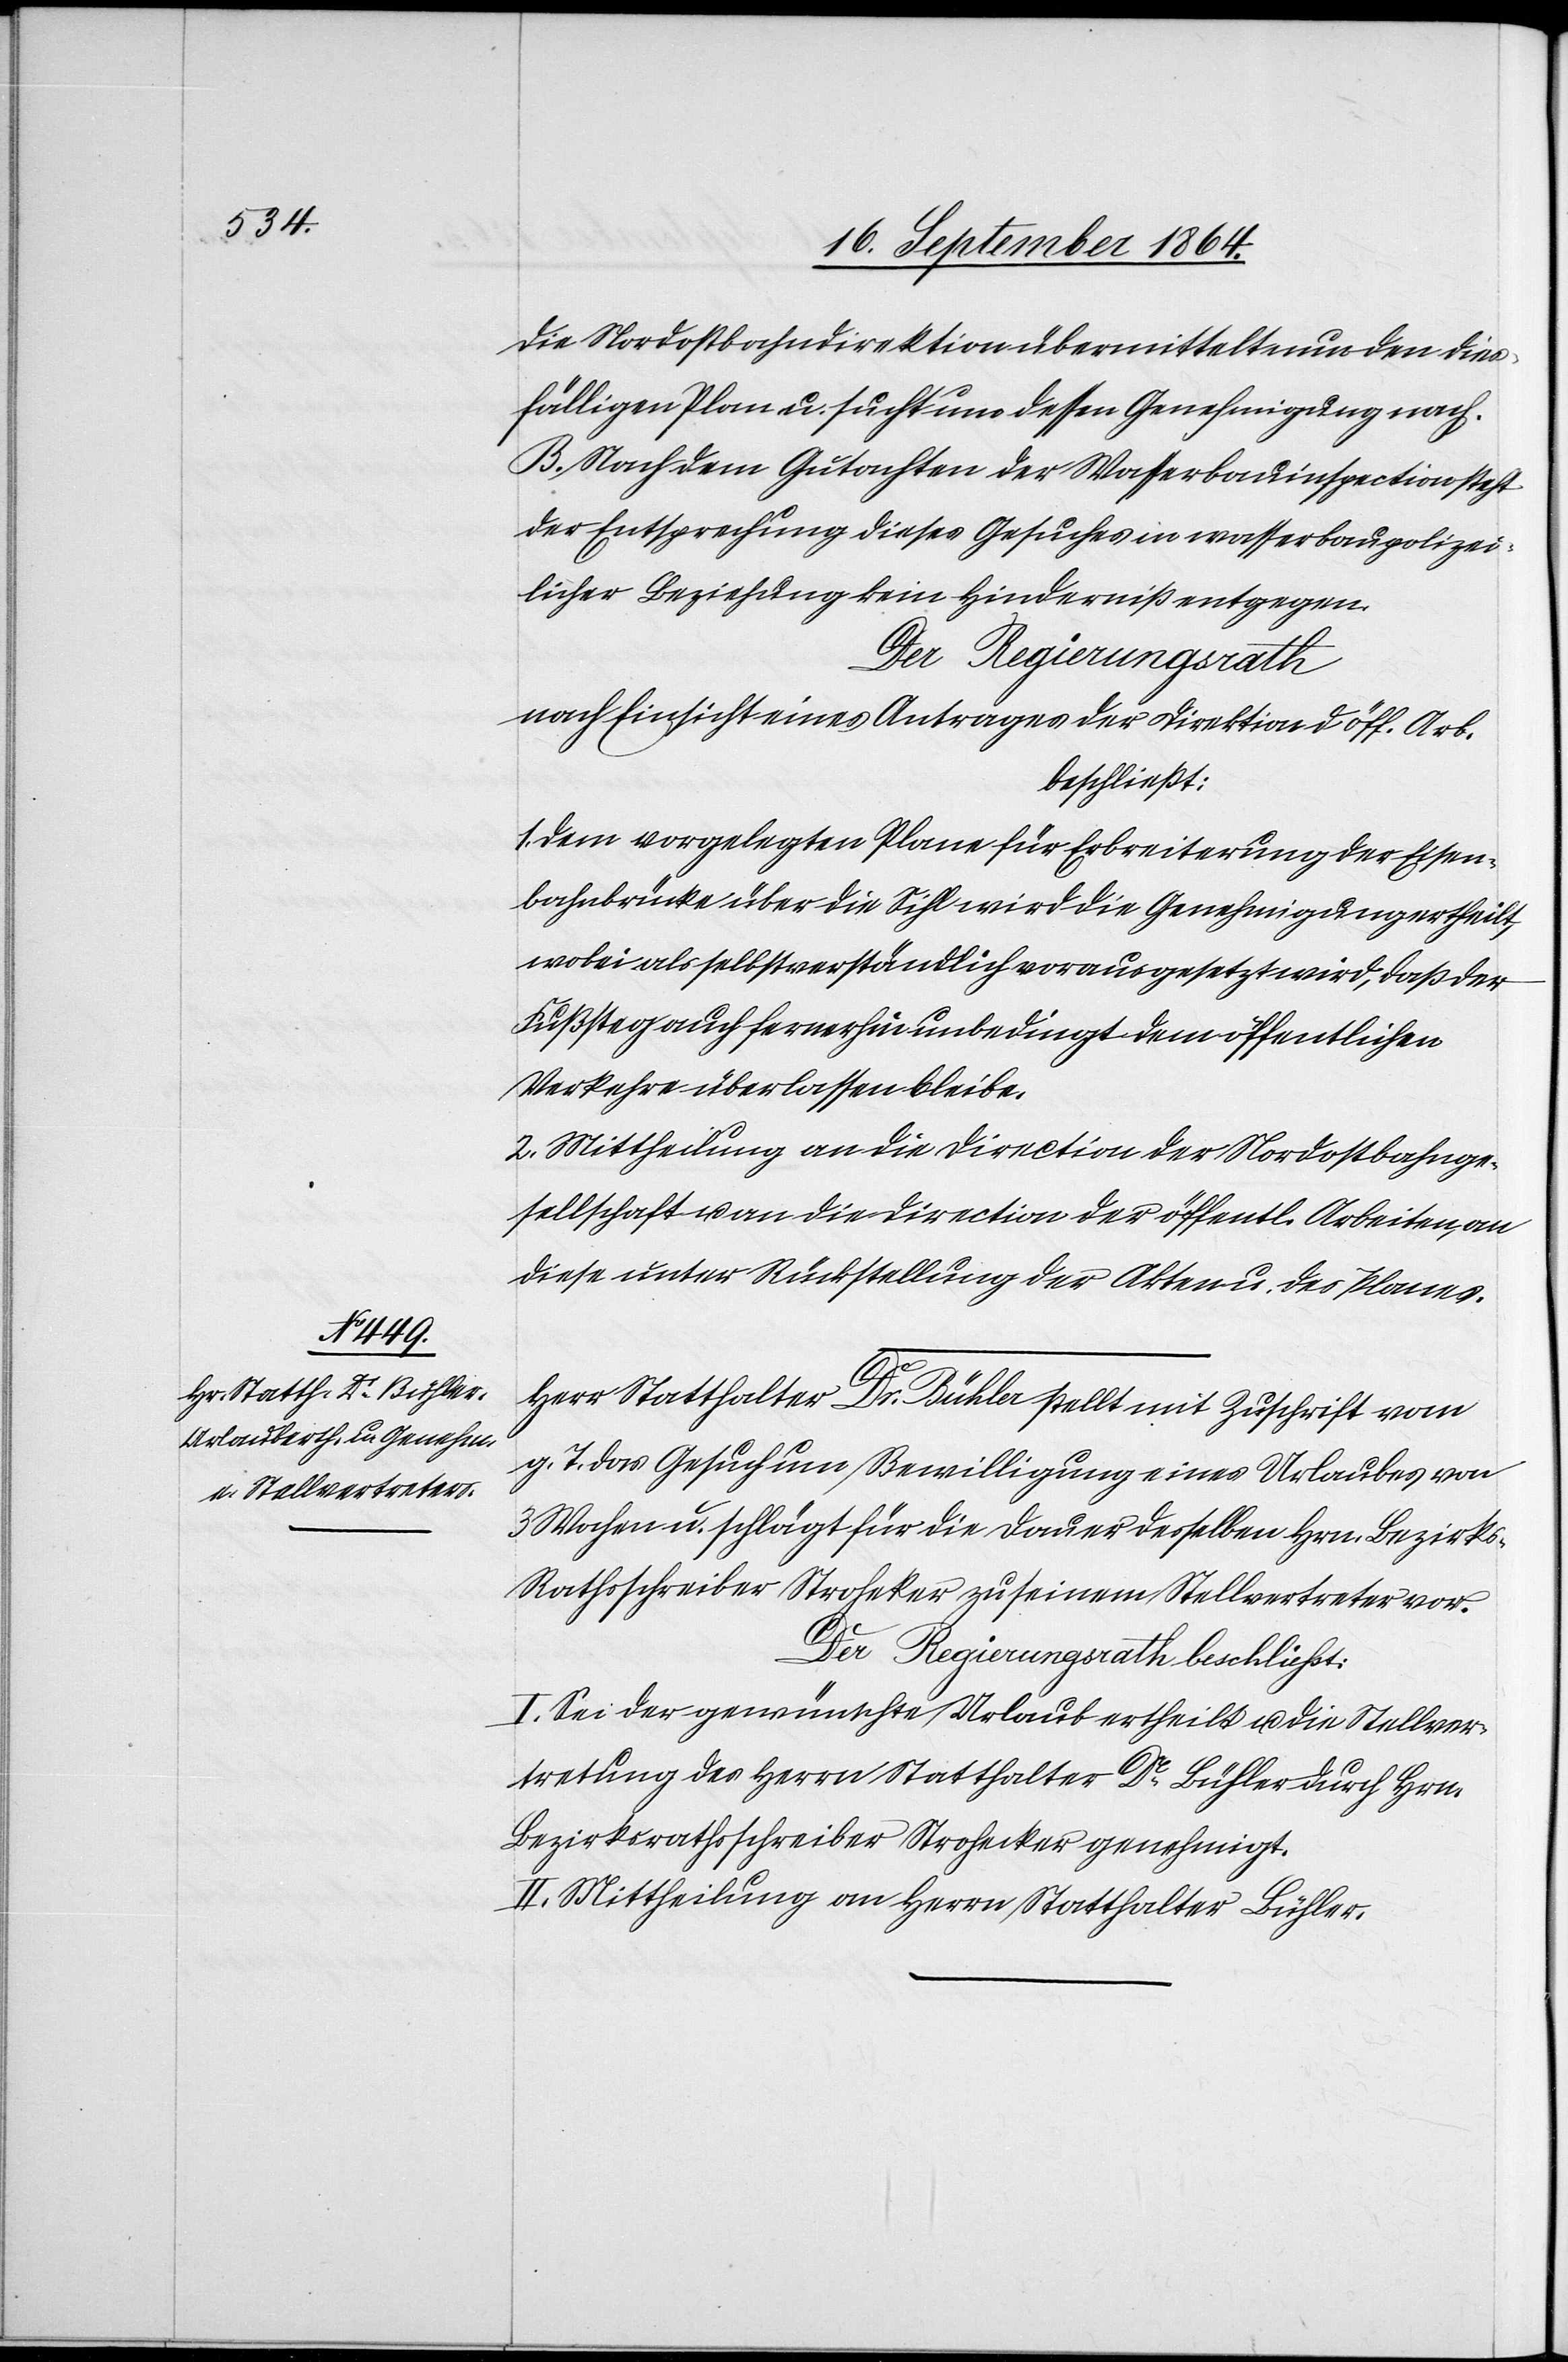
Eisen¬

Die Nordostbahndirektion übermittelt nun den dies¬
fälligen Plan u. sucht um dessen Genehmigung nach.
B. Nach dem Gutachten der Wasserbauinspection steht
der Entsprechung dieses Gesuches in wasserbaupolizei¬
licher Beziehung kein Hinderniß entgegen.
Der Regierungsrath
nach Einsicht eines Antrages der Direktion d. öff. Arb.
beschliesst:
Dem Vorgelegten Plane für Erbreiterung [recte:
bahnbrücke über die Sihl wird die Genehmigung ertheilt,
wobei als selbstverständlich vorausgesetzt wird, das der
Fußsteg auch fernerhin unbedingt dem öffentlichen
Verkehre überlassen bleibe.
2. Mittheilung an die Direction der Nordostbahnge¬
sellschaft u. an die Direction der öffentl. Arbeiten, an
diese unter Rückstellung der Akten u. des Planes.
Herr Statthalter Dr Bühler stellt mit Zuschrift vom
g. T. das Gesuch um Bewilligung eines Urlaubes von
3 Wochen u. schlägt für die Dauer derselben Hrn. Bezirk¬
s-Rathsschreiber Stroheker zu seinem Stellvertreter vor.
I. Sei der gewünschte Urlaub ertheilt u. die Stellver¬
tretung des Herrn Statthalter Dr Bühler durch Hrn.
Bezirksrathsschreiber Strohecker genehmigt.
II. Mittheilung an Herrn Statthalter Bühler.